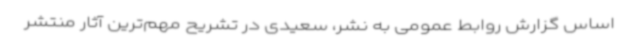
اساس گزارش روابط عمومی به نشر، سعیدی در تشریح مهم‌ترین آثار منتشر